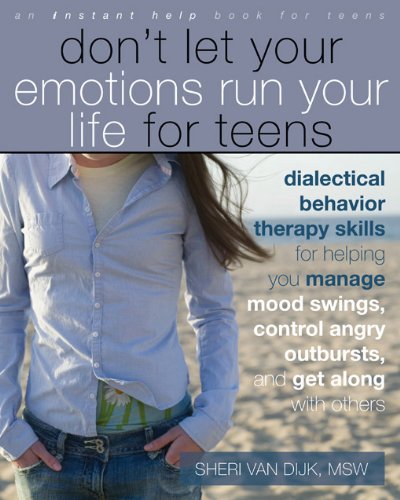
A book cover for Don't Let Your Emotions Run Your Life for Teens: Dialectical Behavior Therapy Skills for Helping You Manage Mood Swings, Control Angry Outbursts, and ... with Others (Instant Help Book for Teens); Sheri Van Dijk MSW; Parenting & Relationships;